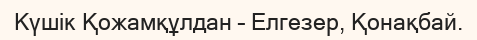
Күшік Қожамқұлдан – Елгезер, Қонақбай.